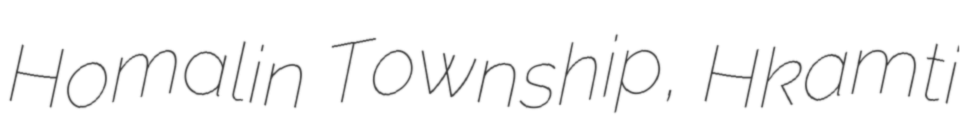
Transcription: Homalin Township, Hkamti